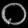
Digit: ၀